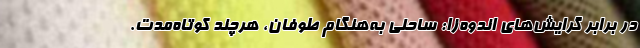
در برابر گرایش‌های اندوه‌زا: ساحلی به‌هنگامِ طوفان، هرچند کوتاه‌مدت.